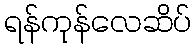
ရန်ကုန်လေဆိပ်